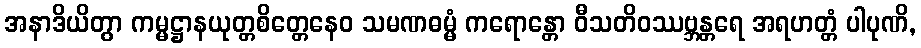
အနာဒိယိတွာ ကမ္မဋ္ဌာနယုတ္တစိတ္တေနေဝ သမဏဓမ္မံ ကရောန္တော ဝီသတိဝဿဗ္ဘန္တရေ အရဟတ္တံ ပါပုဏိ,